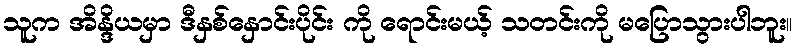
သူက အိန္ဒိယမှာ ဒီနှစ်နှောင်းပိုင်း ကို ရောင်းမယ့် သတင်းကို မပြောသွားပါဘူး။